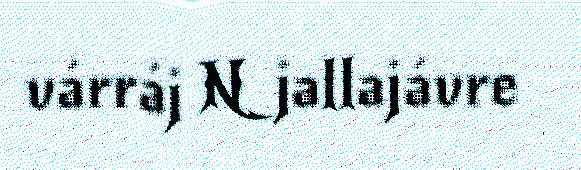
várráj Njallajávre